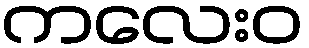
ကလေးဝ